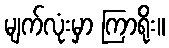
မျက်လုံးမှာ ကြာရိုး။